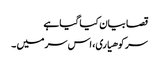
قصا بیان کیا گیا ہے
سر کوهیاری، اس سر میں ۔